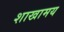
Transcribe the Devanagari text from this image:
शाखामय